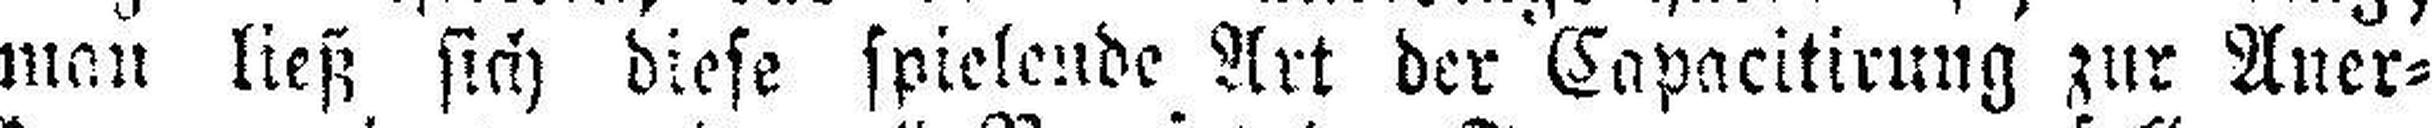
man ließ sich diese spielende Art der Capacitirung zur Aner¬